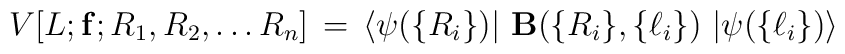
V[L; {\bf f}; R_1, R_2, \ldots R_n] \, = \, \langle \psi(\{ R_i \}) \vert ~{\bf {B}}(\{ R_i \},\{ \ell_i \}) ~\vert \psi (\{ \ell_i \})\rangle